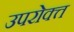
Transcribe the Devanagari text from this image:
उपरोक्त्त